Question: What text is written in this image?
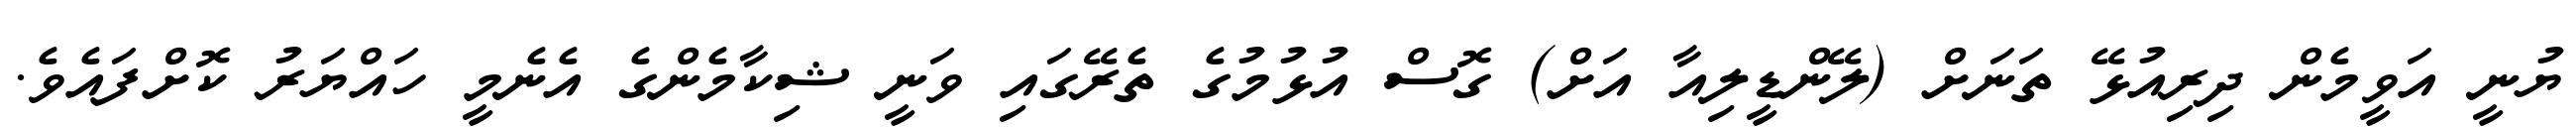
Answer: ޔުނީ އަވީމެން ދިރިއުޅޭ ތަނަށް (ލޭންޑީލިއާ އަށް) ގޮސް އުޅުމުގެ ތެރޭގައި ވަނީ ޝިކާމެންގެ އެނެމީ ހައްޔަރު ކޮށްފައެވެ.